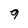
Character: 9